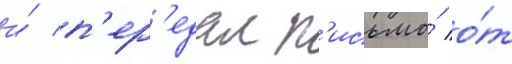
и́ п'ер'едал п'исьмо́ о́т